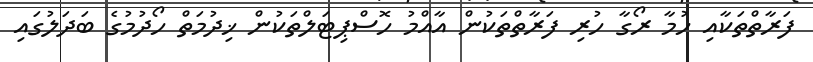
ފަރާތްތަކާއި ހުމާ ރޯގާ ހުރި ފަރާތްތަކުން އާއްމު ހޮސްޕިޓަލްތަކުން ޚިދުމަތް ހޯދުމުގެ ބަދަލުގައި